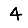
Digit: 4